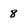
Character: 8